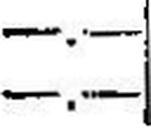
—.—